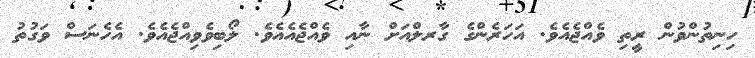
ހިނިތުންވުން ރީިތި ވެއްޖެއެވެ. އަހަރެންގެ ގާރލްއަށް ނާއި ވެއްޖެއެއެވެ. ލޯބިވެވިއްޖެއެވެ. އެހެނަސް ވަގުތު